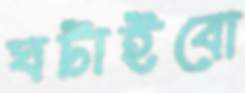
ঘটাইবো